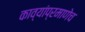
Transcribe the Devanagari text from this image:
काव्यांप्रमाणेच